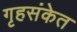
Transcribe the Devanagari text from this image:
गृहसंकेत